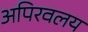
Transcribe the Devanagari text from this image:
अपिरवलय